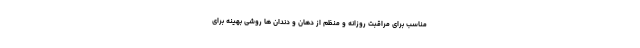
مناسب برای مراقبت روزانه و منظم از دهان و دندان ها روشی بهینه برای